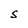
Character: S